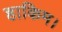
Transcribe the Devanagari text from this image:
हाकिम।